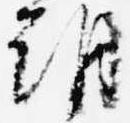
朝